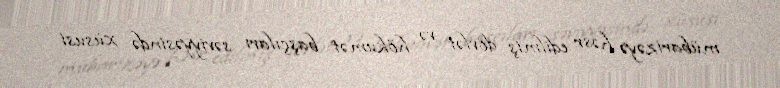
mübarizəyə həsr edilmiş dövlət və hökumət başçıları səviyyəsində xüsusi